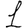
Digit: 1